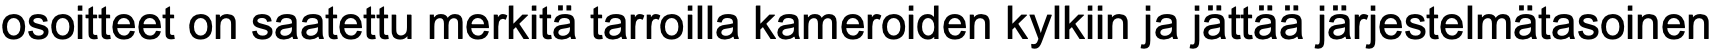
osoitteet on saatettu merkitä tarroilla kameroiden kylkiin ja jättää järjestelmätasoinen